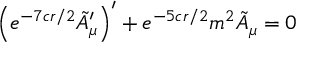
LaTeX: \left( e ^ { - 7 c r / 2 } \tilde { A } _ { \mu } ^ { \prime } \right) ^ { \prime } + e ^ { - 5 c r / 2 } m ^ { 2 } \tilde { A } _ { \mu } = 0